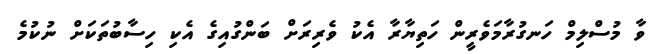
ވާ މުސްލިމް ހަނގުރާމަވެރީން ހަތިޔާރާ އެކު ވެރިރަށް ބަންގުއިގެ އެކި ހިސާބުތަކަށް ނުކުމެ